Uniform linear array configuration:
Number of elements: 64
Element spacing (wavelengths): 0.25
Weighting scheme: kaiser
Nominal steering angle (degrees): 30
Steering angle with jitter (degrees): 28.004
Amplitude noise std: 0.05
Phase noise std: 0.05

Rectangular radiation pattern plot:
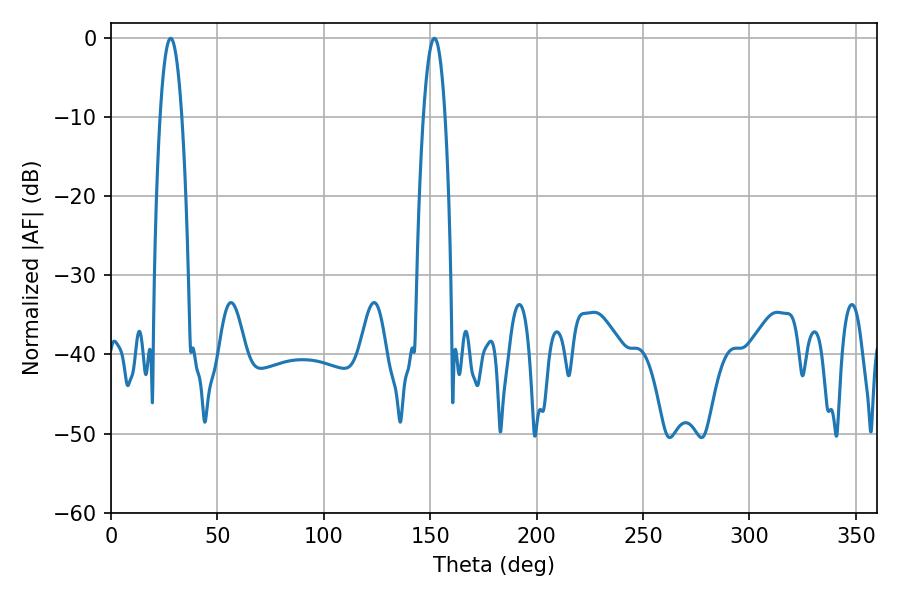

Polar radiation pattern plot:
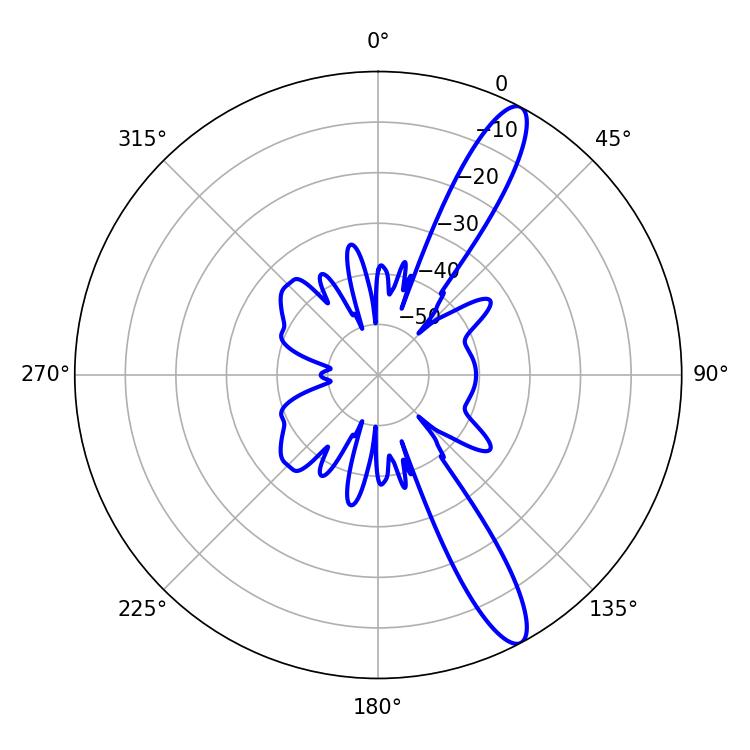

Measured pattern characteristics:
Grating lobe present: FALSE
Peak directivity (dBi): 13.017
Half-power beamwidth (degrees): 5.76
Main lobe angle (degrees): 28.08